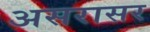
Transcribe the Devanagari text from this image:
असरासर